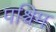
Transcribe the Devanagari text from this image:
पश्चिम